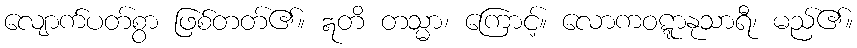
လျောက်ပတ်စွာ ဖြစ်တတ်၏။ ဣတိ တသ္မာ၊ ကြောင့်။ လောကဝဋ္ဋာနုသာရီ၊ မည်၏။